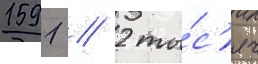
1591 / 2 ты́с'яч